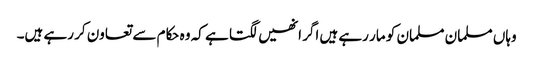
وہاں مسلمان مسلمان کو مار رہے ہیں اگر انھیں لگتا ہے کہ وہ حکام سے تعاون کر رہے ہیں۔